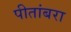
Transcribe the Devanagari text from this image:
पीतांबरा